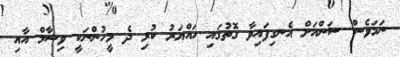
ނަމަވެސް ސަންއަށް އެނގިފައިވާ ގޮތުގައި ހައްޔަރު ކުރި ދެ މީހުންނަކީ ވިޝާމް އާއި